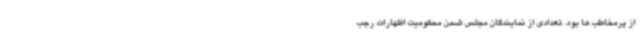
از پرمخاطب ها بود. تعدادی از نمایندگان مجلس ضمن محکومیت اظهارات رجب